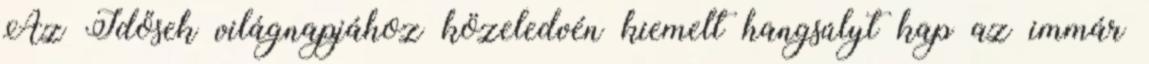
Az Idősek világnapjához közeledvén kiemelt hangsúlyt kap az immár